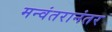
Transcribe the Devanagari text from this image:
मन्वंतरानंतर